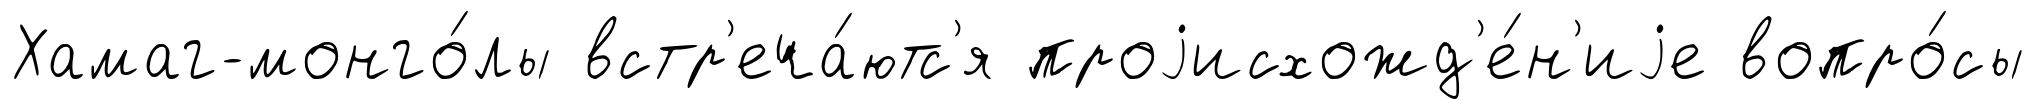
Хамаг-монго́лы встр'еча́ютс'я проjисхожд'е́н'иjе вопро́сы